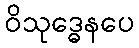
ဝိသုဒ္ဓေနပေ